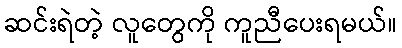
ဆင်းရဲတဲ့ လူတွေကို ကူညီပေးရမယ်။